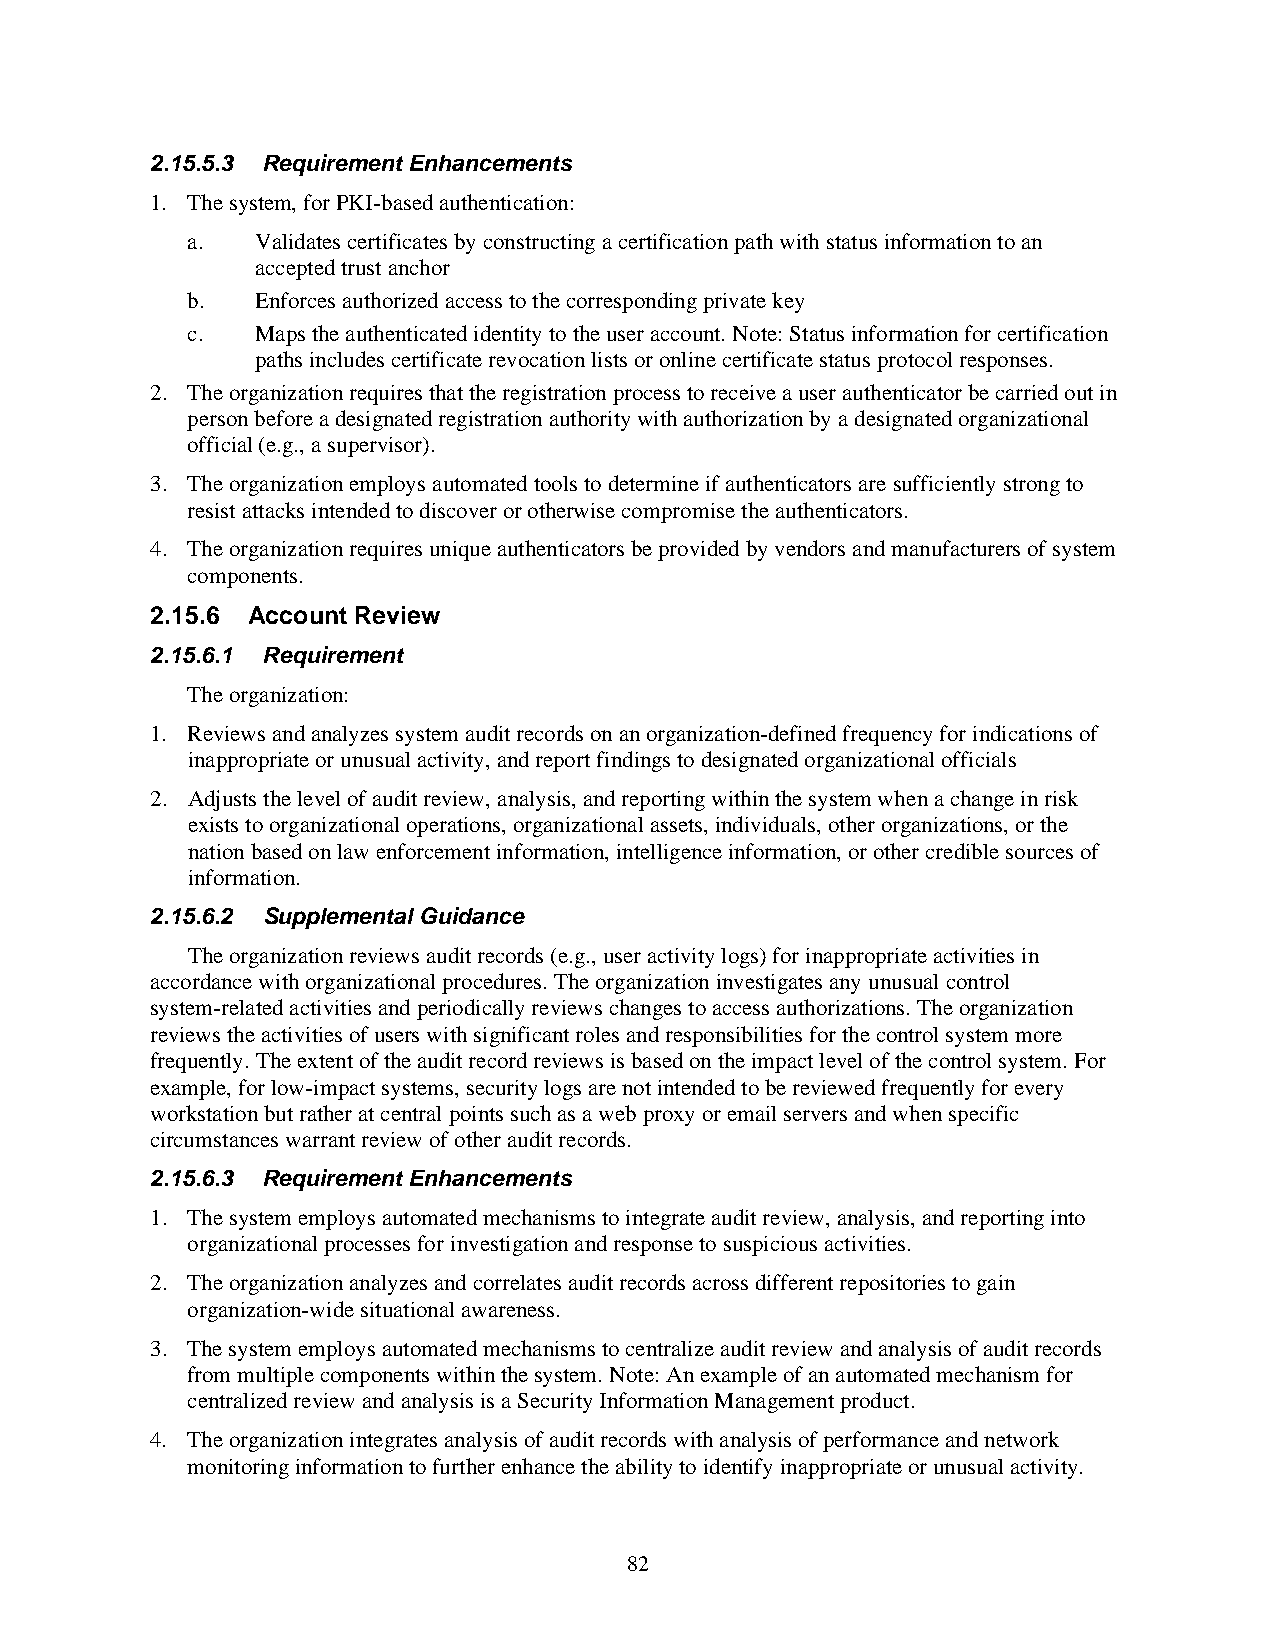
2.15.5.3 Requirement Enhancements
 1. The system, for PKI-based authentication:
 a.   Validates certificates by constructing a certification path with status information to an
 accepted trust anchor
 b.   Enforces authorized access to the corresponding private key
 c.   Maps the authenticated identity to the user account. Note: Status information for certification
 paths includes certificate revocation lists or online certificate status protocol responses.
 2. The organization requires that the registration process to receive a user authenticator be carried out in
 person before a designated registration authority with authorization by a designated organizational
 official (e.g., a supervisor).
 3. The organization employs automated tools to determine if authenticators are sufficiently strong to
 resist attacks intended to discover or otherwise compromise the authenticators.
 4. The organization requires unique authenticators be provided by vendors and manufacturers of system
 components.
 2.15.6 Account Review
 2.15.6.1 Requirement
 The organization:
 1. Reviews and analyzes system audit records on an organization-defined frequency for indications of
 inappropriate or unusual activity, and report findings to designated organizational officials
 2. Adjusts the level of audit review, analysis, and reporting within the system when a change in risk
 exists to organizational operations, organizational assets, individuals, other organizations, or the
 nation based on law enforcement information, intelligence information, or other credible sources of
 information.
 2.15.6.2 Supplemental Guidance
 The organization reviews audit records (e.g., user activity logs) for inappropriate activities in
 accordance with organizational procedures. The organization investigates any unusual control
 system-related activities and periodically reviews changes to access authorizations. The organization
 reviews the activities of users with significant roles and responsibilities for the control system more
 frequently. The extent of the audit record reviews is based on the impact level of the control system. For
 example, for low-impact systems, security logs are not intended to be reviewed frequently for every
 workstation but rather at central points such as a web proxy or email servers and when specific
 circumstances warrant review of other audit records.
 2.15.6.3 Requirement Enhancements
 1. The system employs automated mechanisms to integrate audit review, analysis, and reporting into
 organizational processes for investigation and response to suspicious activities.
 2. The organization analyzes and correlates audit records across different repositories to gain
 organization-wide situational awareness.
 3. The system employs automated mechanisms to centralize audit review and analysis of audit records
 from multiple components within the system. Note: An example of an automated mechanism for
 centralized review and analysis is a Security Information Management product.
 4. The organization integrates analysis of audit records with analysis of performance and network
 monitoring information to further enhance the ability to identify inappropriate or unusual activity.
 82